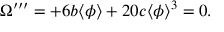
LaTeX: \Omega ^ { \prime \prime \prime } = + 6 b \langle \phi \rangle + 2 0 c \langle \phi \rangle ^ { 3 } = 0 .